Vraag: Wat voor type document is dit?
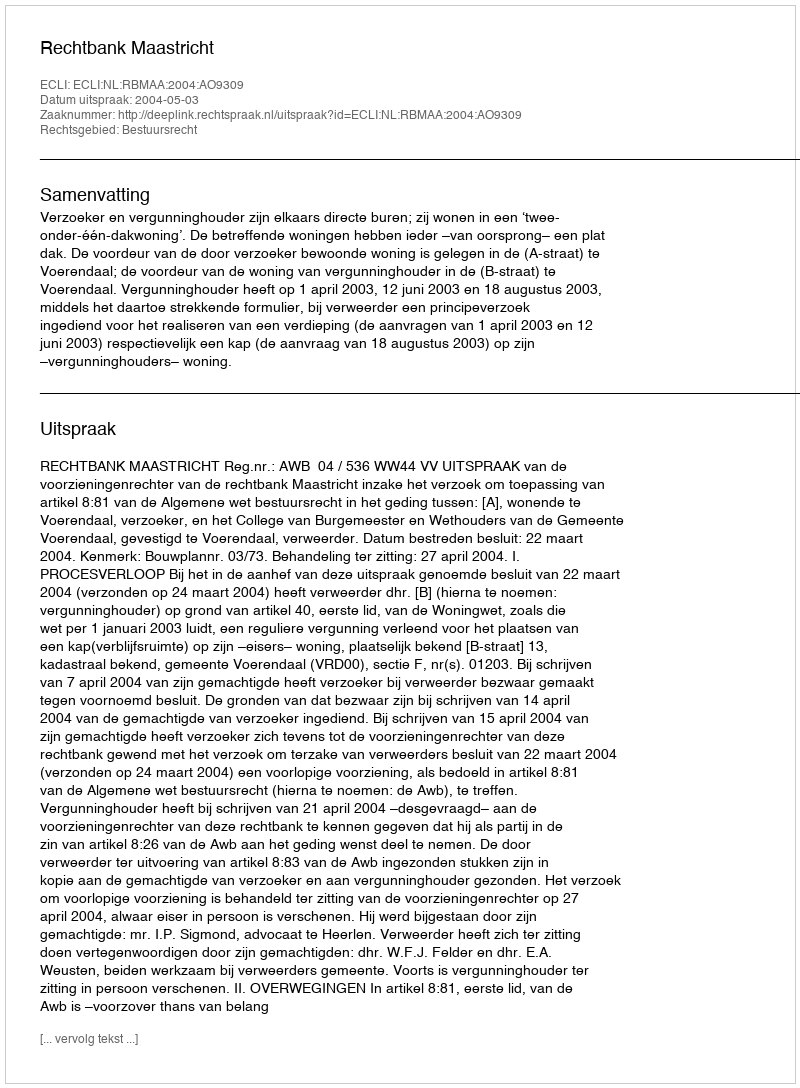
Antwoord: Uitspraak